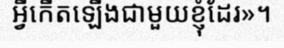
អ្វីកើតឡើងជាមួយខ្ញុំដែរ»។